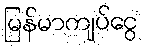
မြန်မာကျပ်ငွေ